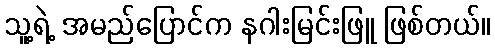
သူ့ရဲ့ အမည်ပြောင်က နဂါးမြင်းဖြူ ဖြစ်တယ်။